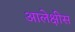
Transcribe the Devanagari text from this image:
आलेक्षीस